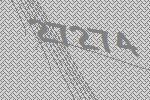
27274